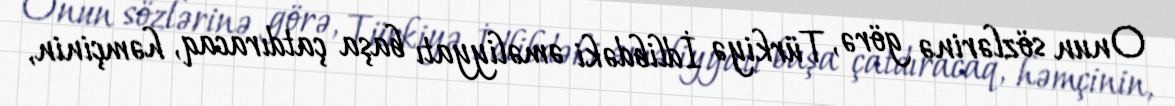
Onun sözlərinə görə, Türkiyə İdlibdəki əməliyyatı başa çatdıracaq, həmçinin,